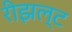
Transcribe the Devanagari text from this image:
रीझल्ट